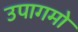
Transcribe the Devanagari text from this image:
उपागमो